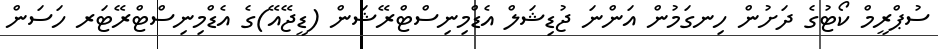
ސުޕްރީމް ކޯޓުގެ ދަށުން ހިނގަމުން އަންނަ ޖުޑިޝަލް އެޑްމިނިސްޓްރޭޝަން (ޑީޖޭއޭ)ގެ އެޑްމިނިސްޓްރޭޓަރ ހަސަން